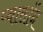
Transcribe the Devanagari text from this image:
प्वासॉन